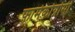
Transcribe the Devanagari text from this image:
फ़ार्मेकोग्नोसी